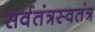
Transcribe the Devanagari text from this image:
सर्वतंत्रस्वतंत्र